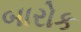
બારોક